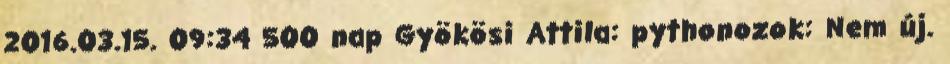
2016.03.15. 09:34 500 nap Gyökösi Attila: pythonozok: Nem új.